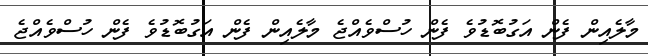
މާލެއިން ފެން އަގުބޮޑުވެ ފެން ހުސްވެއްޖެ މާލެއިން ފެން އަގުބޮޑުވެ ފެން ހުސްވެއްޖެ